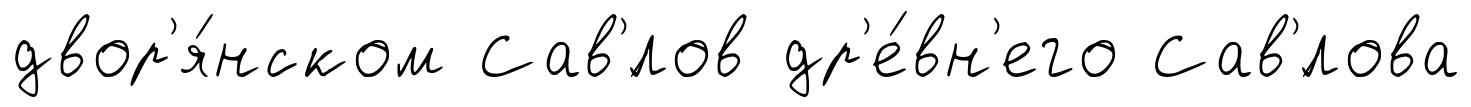
двор'я́нском Сав'́лов др'е́вн'его Сав'́лова